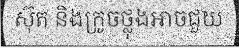
ស៊ុត និងក្រូចថ្លុងអាចជួយ